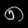
Digit: ၈